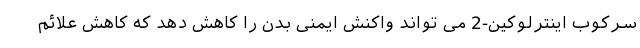
سرکوب اینترلوکین-2 می تواند واکنش ایمنی بدن را کاهش دهد که کاهش علائم